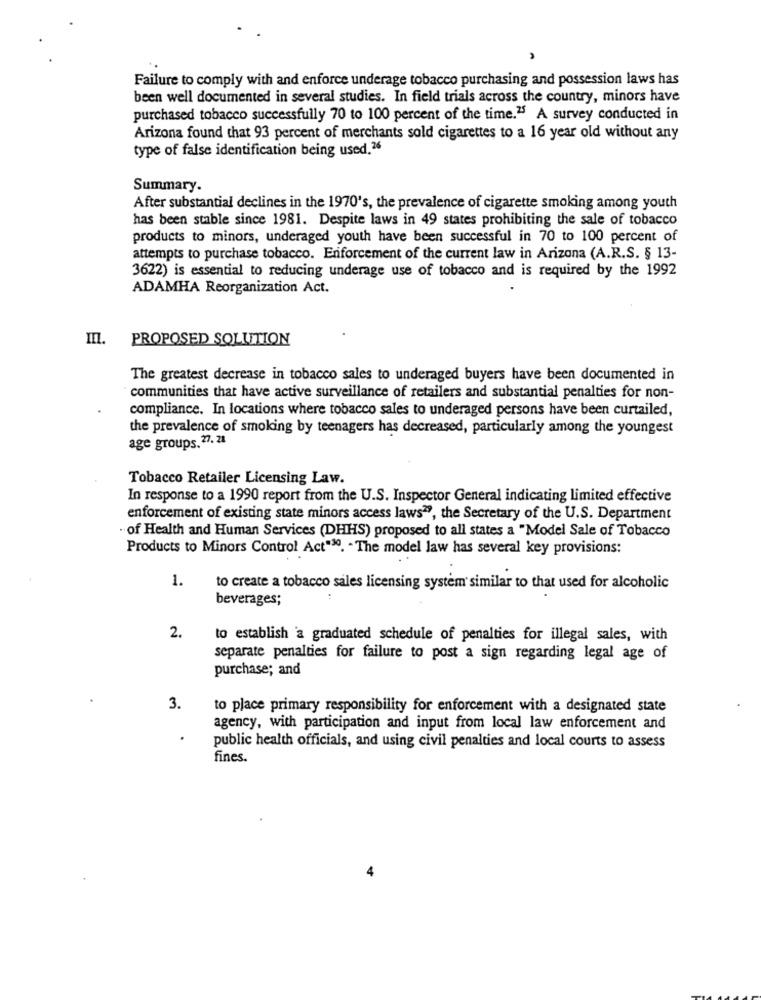
Failure to comply with and enforce underage tobacco purchasing and possession laws has
been well documented in several studies. In field trials across the country, minors have
purchased tobacco successfully 70 to 100 percent of the time.25 A survey conducted in
Arizona found that 93 percent of merchants sold cigarettes to a 16 year old without any
type of false identification being used.26
Summary.
After substantial declines in the 1970's, the prevalence of cigarette smoking among youth
has been stable since 1981. Despite laws in 49 states prohibiting the sale of tobacco
products to minors, underaged youth have been successful in 70 to 100 percent of
attempts to purchase tobacco. Enforcement of the current law in Arizona (A.R.S. § 13-
3622) is essential to reducing underage use of tobacco and is required by the 1992
ADAMHA Reorganization Act.
In.
PROPOSED SOLUTION
The greatest decrease in tobacco sales to underaged buyers have been documented in
communities that have active surveillance of retailers and substantial penalties for non-
compliance. In locations where tobacco sales to underaged persons have been curtailed,
the prevalence of smoking by teenagers has decreased, particularly among the youngest
age groups. 27. 21
Tobacco Retailer Licensing Law.
In response to a 1990 report from the U.S. Inspector General indicating limited effective
enforcement of existing state minors access laws ??, the Secretary of the U.S. Department
· of Health and Human Services (DHHS) proposed to all states a "Model Sale of Tobacco
Products to Minors Control Act"30. - The model law has several key provisions:
1.
to create a tobacco sales licensing system similar to that used for alcoholic
beverages;
2.
to establish a graduated schedule of penalties for illegal sales, with
separate penalties for failure to post a sign regarding legal age of
purchase; and
3.
to place primary responsibility for enforcement with a designated state
agency, with participation and input from local law enforcement and
public health officials, and using civil penalties and local courts to assess
fines.